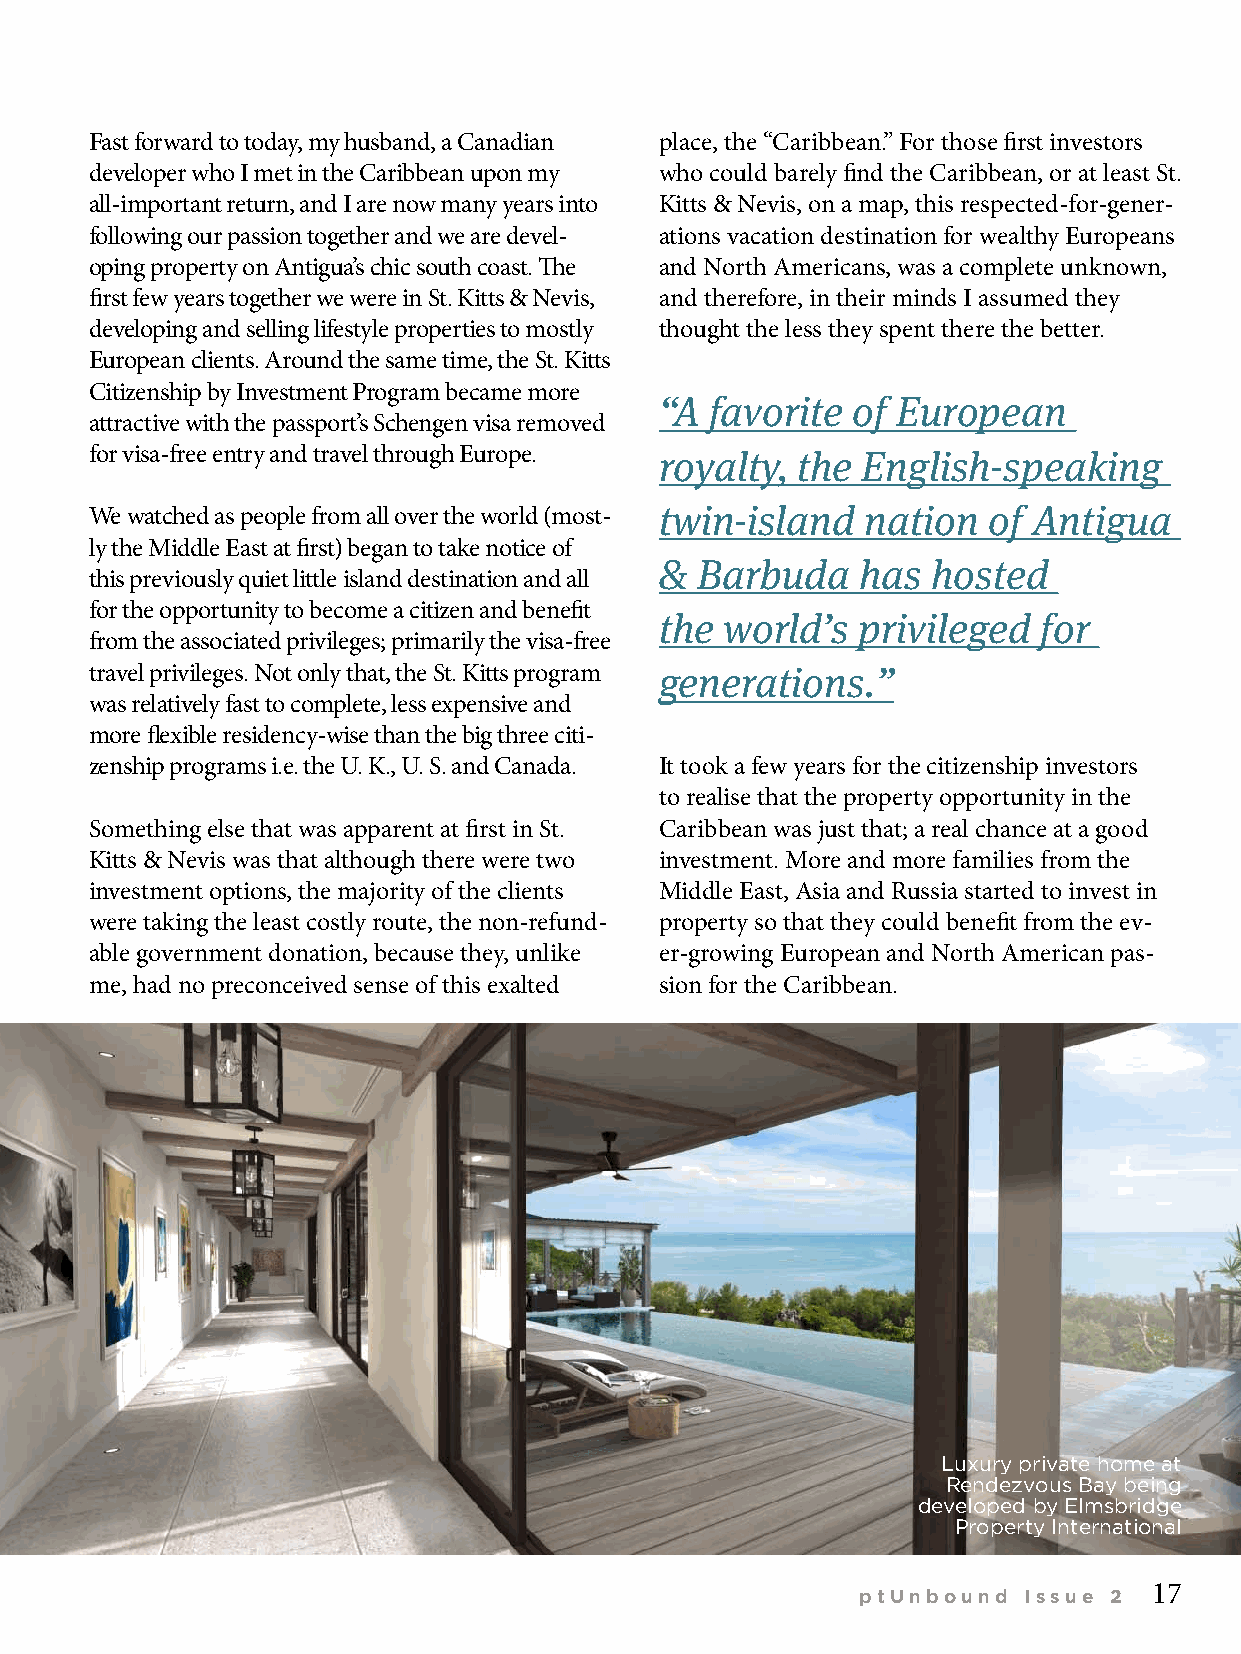
Fast forward to today, my husband, a Canadian place, the “Caribbean.” For those fi rst investors
 developer who I met in the Caribbean upon my who could barely fi nd the Caribbean, or at least St.
 all-important return, and I are now many years into Kitts & Nevis, on a map, this respected-for-gener-
 following our passion together and we are devel- ations vacation destination for wealthy Europeans
 oping property on Antigua’s chic south coast. Th e and North Americans, was a complete unknown,
 fi rst few years together we were in St. Kitts & Nevis, and therefore, in their minds I assumed they
 developing and selling lifestyle properties to mostly thought the less they spent there the better.
 European clients. Around the same time, the St. Kitts
 Citizenship by Investment Program became more
 “A favorite of European
 attractive with the passport’s Schengen visa removed
 for visa-free entry and travel through Europe. royalty, the English-speaking
 We watched as people from all over the world (most- twin-island nation of Antigua
 ly the Middle East at fi rst) began to take notice of
 & Barbuda    has  hosted
 this previously quiet little island destination and all
 for the opportunity to become a citizen and benefi t
 the world’s  privileged  for
 from the associated privileges; primarily the visa-free
 travel privileges. Not only that, the St. Kitts program generations.”
 was relatively fast to complete, less expensive and
 more fl exible residency-wise than the big three citi-
 zenship programs i.e. the U. K., U. S. and Canada. It took a few years for the citizenship investors
 to realise that the property opportunity in the
 Something else that was apparent at fi rst in St. Caribbean was just that; a real chance at a good
 Kitts & Nevis was that although there were two investment. More and more families from the
 investment options, the majority of the clients Middle East, Asia and Russia started to invest in
 were taking the least costly route, the non-refund- property so that they could benefi t from the ev-
 able government donation, because they, unlike er-growing European and North American pas-
 me, had no preconceived sense of this exalted sion for the Caribbean.
 Luxury private home at
 Rendezvous Bay being
 developed by Elmsbridge
 Property International
 17
 ptUnbound  Issue 2